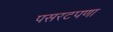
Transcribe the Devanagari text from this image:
पसरटपणा